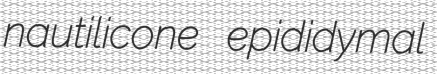
nautilicone epididymal